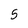
Character: 5